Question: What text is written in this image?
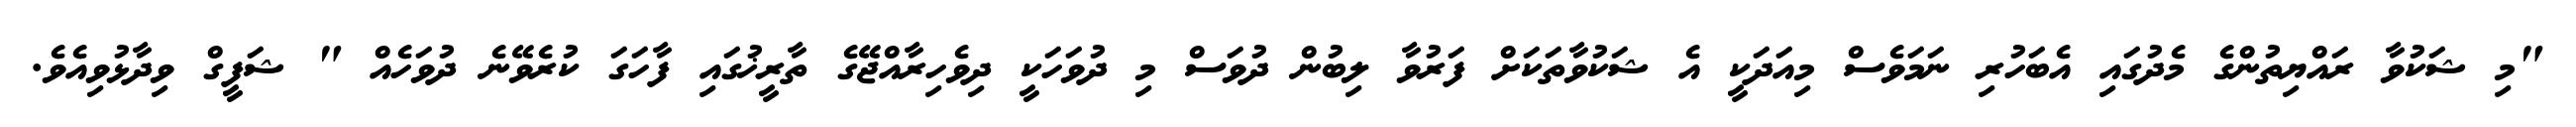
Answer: "މި ޝަކުވާ ރައްޔިތުންގެ މެދުގައި އެބަހުރި ނަމަވެސް މިއަދަކީ އެ ޝަކުވާތަކަށް ފަރުވާ ލިބުން ދުވަސް މި ދުވަހަކީ ދިވެހިރާއްޖޭގެ ތާރީޚުގައި ފާހަގަ ކުރެވޭނެ ދުވަހެއް " ޝަފީގް ވިދާޅުވިއެވެ.